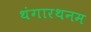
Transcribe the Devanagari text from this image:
थंगारथनम